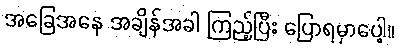
အခြေအနေ အချိန်အခါ ကြည့်ပြီး ပြောရမှာပေါ့။